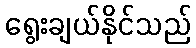
ရွေးချယ်နိုင်သည်